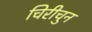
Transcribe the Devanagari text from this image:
चिरीचुन